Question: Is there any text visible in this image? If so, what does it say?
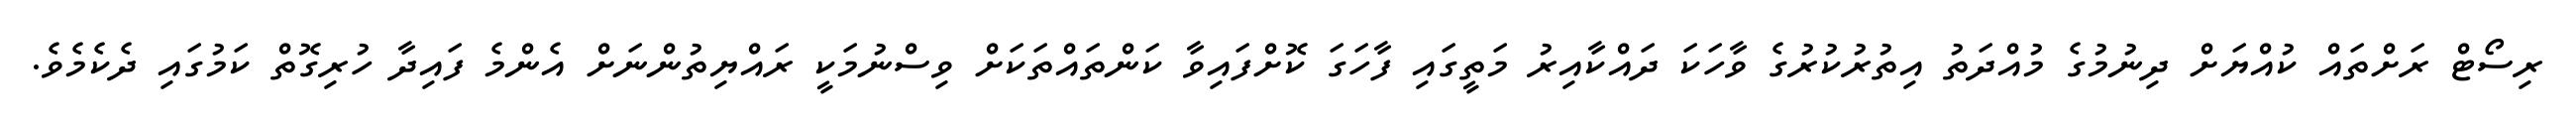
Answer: ރިސޯޓް ރަށްތައް ކުއްޔަށް ދިނުމުގެ މުއްދަތު އިތުރުކުރުގެ ވާހަކަ ދައްކާއިރު މަތީގައި ފާހަގަ ކޮށްފައިވާ ކަންތައްތަކަށް ވިސްނުމަކީ ރައްޔިތުންނަށް އެންމެ ފައިދާ ހުރިގޮތް ކަމުގައި ދެކެމެވެ.